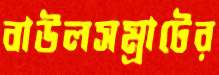
বাউলসম্রাটের